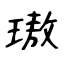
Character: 璈